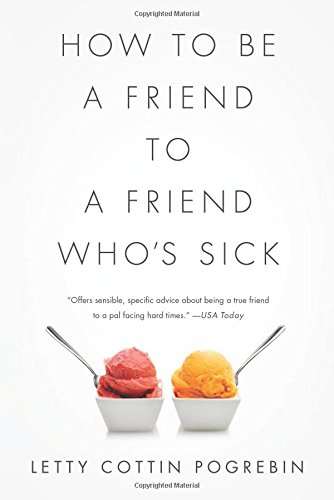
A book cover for How to Be a Friend to a Friend Who's Sick; Letty Cottin Pogrebin; Self-Help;